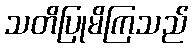
သတိပြုမိကြသည်